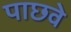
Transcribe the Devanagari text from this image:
पाछवे